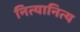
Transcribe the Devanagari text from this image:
नित्यानित्य